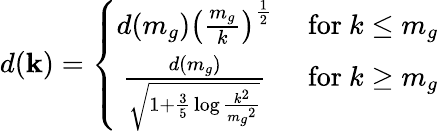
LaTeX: d(\mathbf{k})=\left\{ \begin{array}{cc}{{d(m_{g})\left({\frac{m_{g}}{k}}\right)^{\frac{1}{2}}}}&{{\mathrm{~for~}k\le m_{g}}}\\ {{{\frac{d(m_{g})}{\sqrt{1+{\frac{3}{5}}\log{\frac{k^{2}}{{m_{g}}^{2}}}}}}}}&{{\mathrm{~for~}k\ge m_{g}}}\end{array}\right.